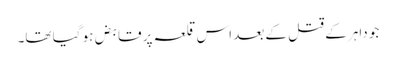
جو داہر کے قتل کے بعد اس قلعہ پر قابض ہو گیا تھا۔